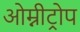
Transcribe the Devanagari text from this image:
ओम्नीट्रोप